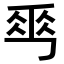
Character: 𠃀